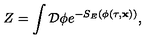
Z = \int { \cal D } \phi e ^ { - S _ { E } ( \phi ( \tau , { \bf x } ) ) } ,